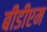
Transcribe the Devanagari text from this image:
बीडीएम